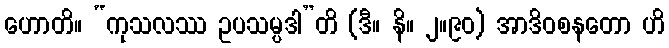
ဟောတိ။ “ကုသလဿ ဥပသမ္ပဒါ”တိ (ဒီ။ နိ။ ၂။၉၀) အာဒိဝစနတော ဟိ